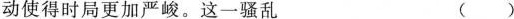
动使得时局更加严峻。这一骚乱 ( )